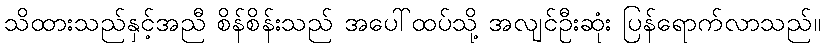
သိထားသည်နှင့်အညီ စိန်စိန်းသည် အပေါ်ထပ်သို့ အလျင်ဦးဆုံး ပြန်ရောက်လာသည်။